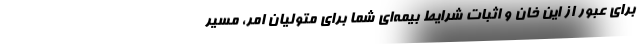
برای عبور از این خان و اثبات شرایط بیمه‌ای شما برای متولیان امر، مسیر